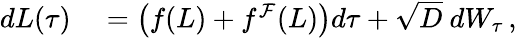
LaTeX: \begin{array}{rl}{dL(\tau)}&{{}=\left(f(L)+f^{\mathcal{F}}(L)\right)d\tau+\sqrt{D}\ dW_{\tau}\, ,}\end{array}